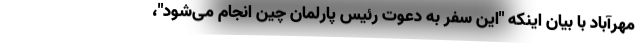
مهرآباد با بیان اینکه "این سفر به دعوت رئیس پارلمان چین انجام می‌شود"،